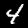
Label: 4